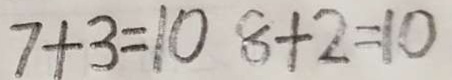
7 + 3 = 1 0 8 + 2 = 1 0